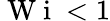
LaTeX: \mathrm{~W~i~}<1